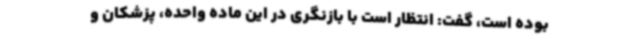
بوده است، گفت: انتظار است با بازنگری در این ماده واحده، پزشکان و